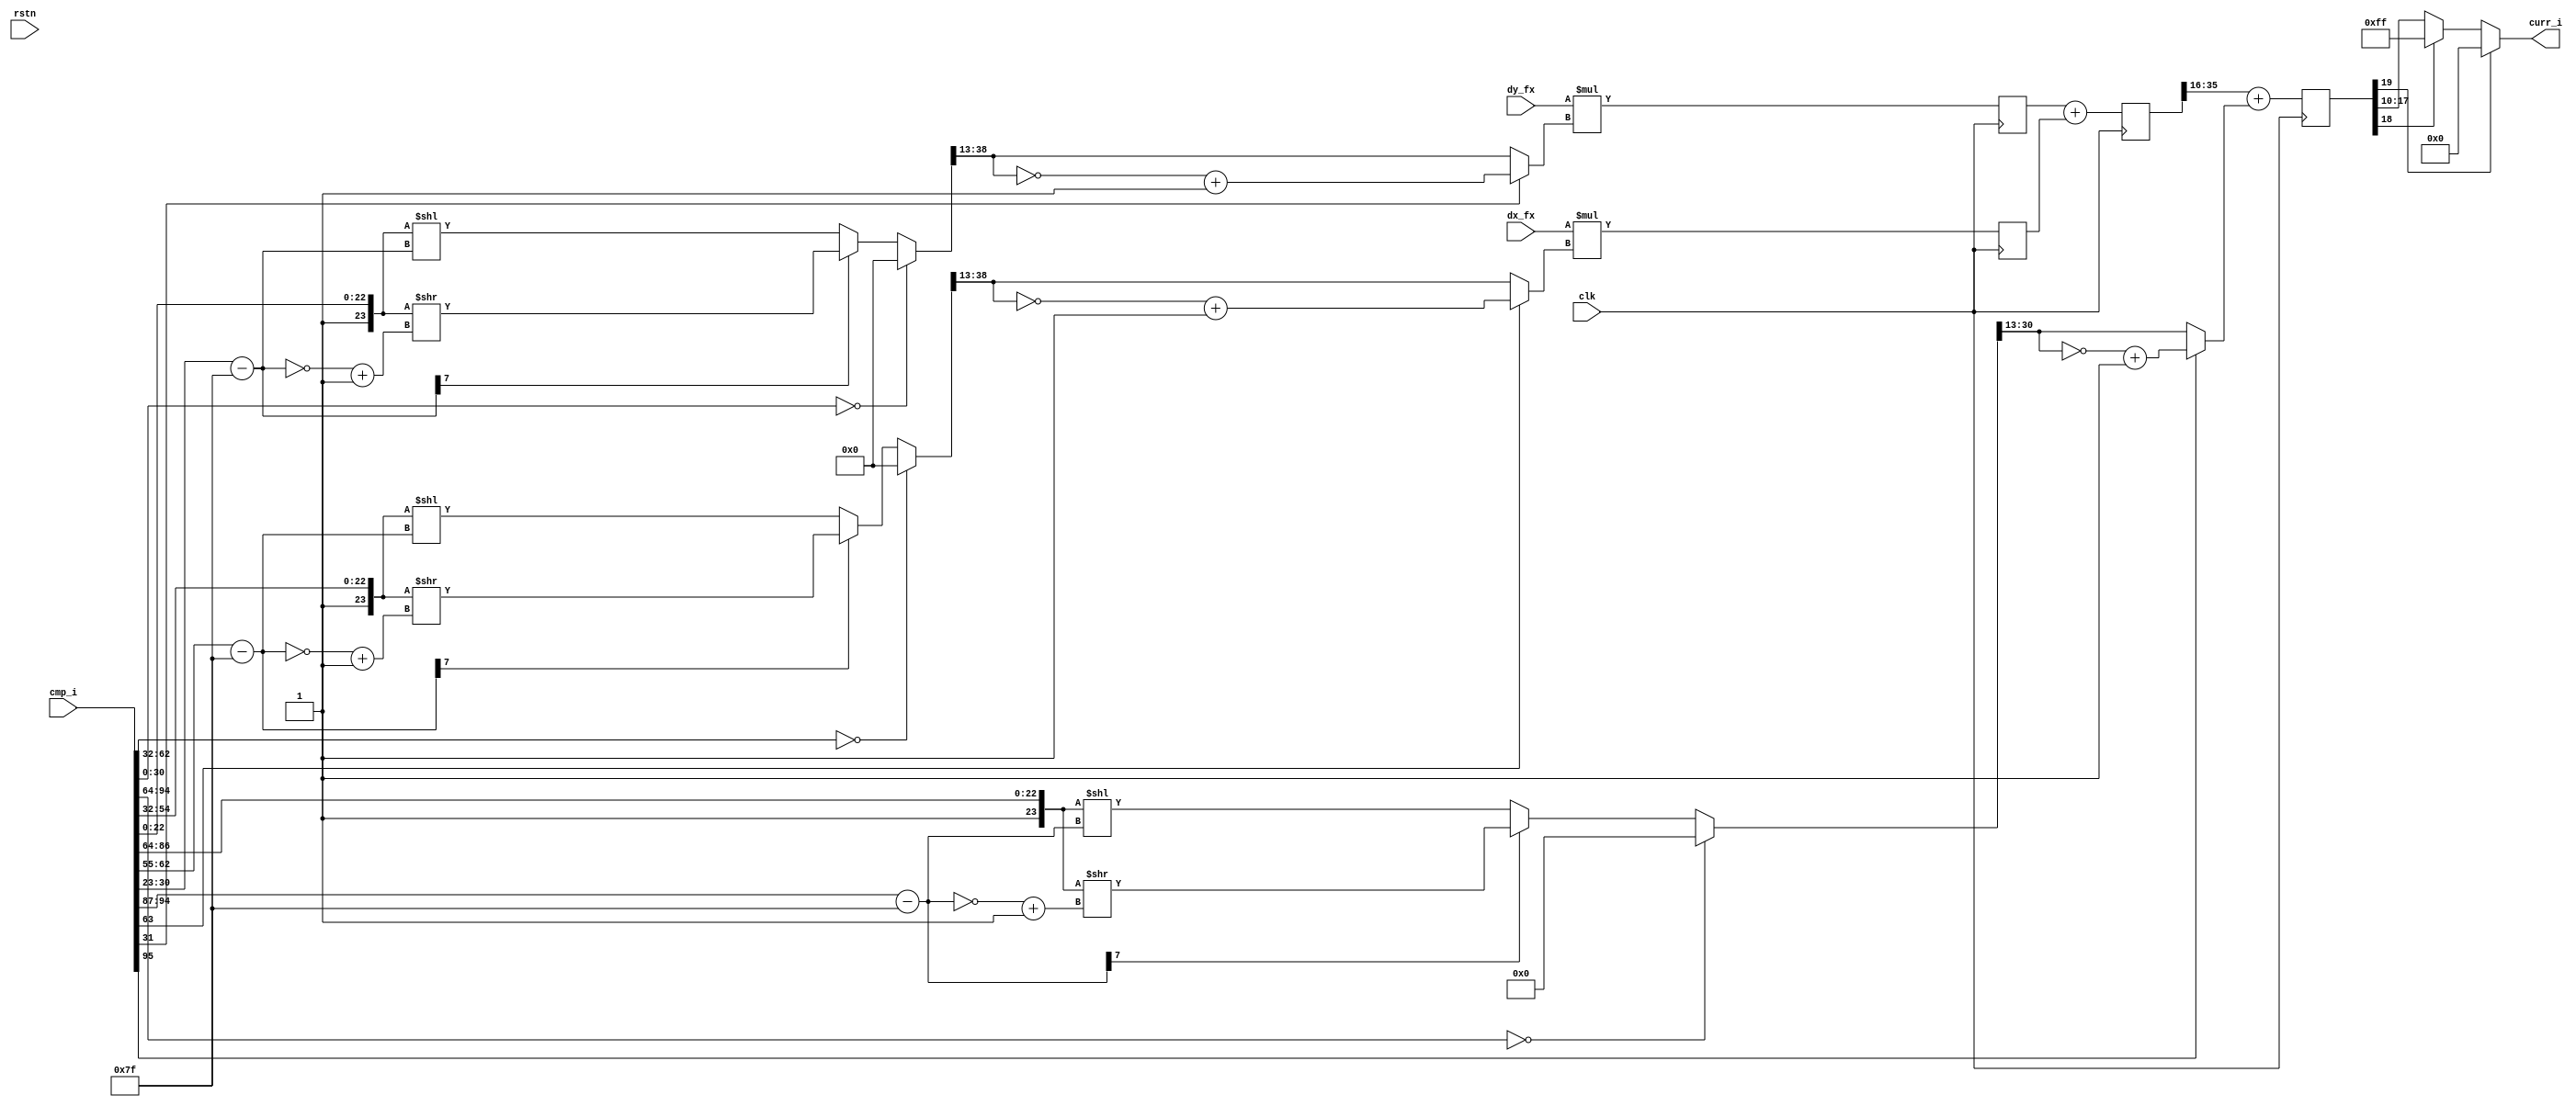
module des_comp_gen_fx_color
  (
   input 	       clk,
   input 	       rstn,
   input signed [31:0] dx_fx, 
   input signed [31:0] dy_fx, 
   input [95:0]        cmp_i,
   output [7:0]        curr_i
   );
  reg signed [57:0]    ix;
  reg signed [57:0]    iy;
  reg signed [57:0]    ixy;
  reg signed [19:0]    curr;
  assign curr_i = (curr[19]) ? 8'h00 :	
		  (curr[18]) ? 8'hff :	
		  curr[17:10];		
  wire [17:0] 	       sp_fx;
  wire signed [25:0]   idx_fx;
  wire signed [25:0]   idy_fx;
  assign sp_fx  = flt_fx_8p10(cmp_i[95:64]);
  assign idx_fx = flt_fx_16p10(cmp_i[63:32]);
  assign idy_fx = flt_fx_16p10(cmp_i[31:0]);
  always @(posedge clk) begin
    ix        <= dx_fx * idx_fx;			
    iy        <= dy_fx * idy_fx;			
    ixy       <= iy + ix;				
    curr      <= ixy[35:16] + {2'b00, sp_fx};	
  end
  function [25:0] flt_fx_16p10;
    input	[31:0]	fp_in;         
    reg [7:0] 		bias_exp;       
    reg [7:0] 		bias_exp2;      
    reg [47:0] 		bias_mant;      
    reg [47:0] 		int_fixed_out;
    reg [31:0] 		fixed_out;
    begin
      bias_mant = {25'h0001, fp_in[22:0]};
      bias_exp = fp_in[30:23] - 8'd127;
      bias_exp2 = ~bias_exp + 8'h1;
      if (fp_in[30:0] == 31'b0) int_fixed_out = 0;
      else if (bias_exp[7]) int_fixed_out = bias_mant >> bias_exp2;
      else int_fixed_out = bias_mant << bias_exp;
      fixed_out = int_fixed_out[38:13];
      flt_fx_16p10 = (fp_in[31]) ? ~fixed_out[25:0] + 26'h1 : fixed_out[25:0];
    end
  endfunction
  function [17:0] flt_fx_8p10;
    input	[31:0]	fp_in;         
    reg [7:0] 		bias_exp;       
    reg [7:0] 		bias_exp2;      
    reg [47:0] 		bias_mant;      
    reg [47:0] 		int_fixed_out;
    reg [31:0] 		fixed_out;
    begin
      bias_mant = {25'h0001, fp_in[22:0]};
      bias_exp = fp_in[30:23] - 8'd127;
      bias_exp2 = ~bias_exp + 8'h1;
      if (fp_in[30:0] == 31'b0) int_fixed_out = 0;
      else if (bias_exp[7]) int_fixed_out = bias_mant >> bias_exp2;
      else int_fixed_out = bias_mant << bias_exp;
      fixed_out = int_fixed_out[31:13];
      flt_fx_8p10 = (fp_in[31]) ? ~fixed_out[17:0] + 18'h1 : fixed_out[17:0];
    end
  endfunction
endmodule